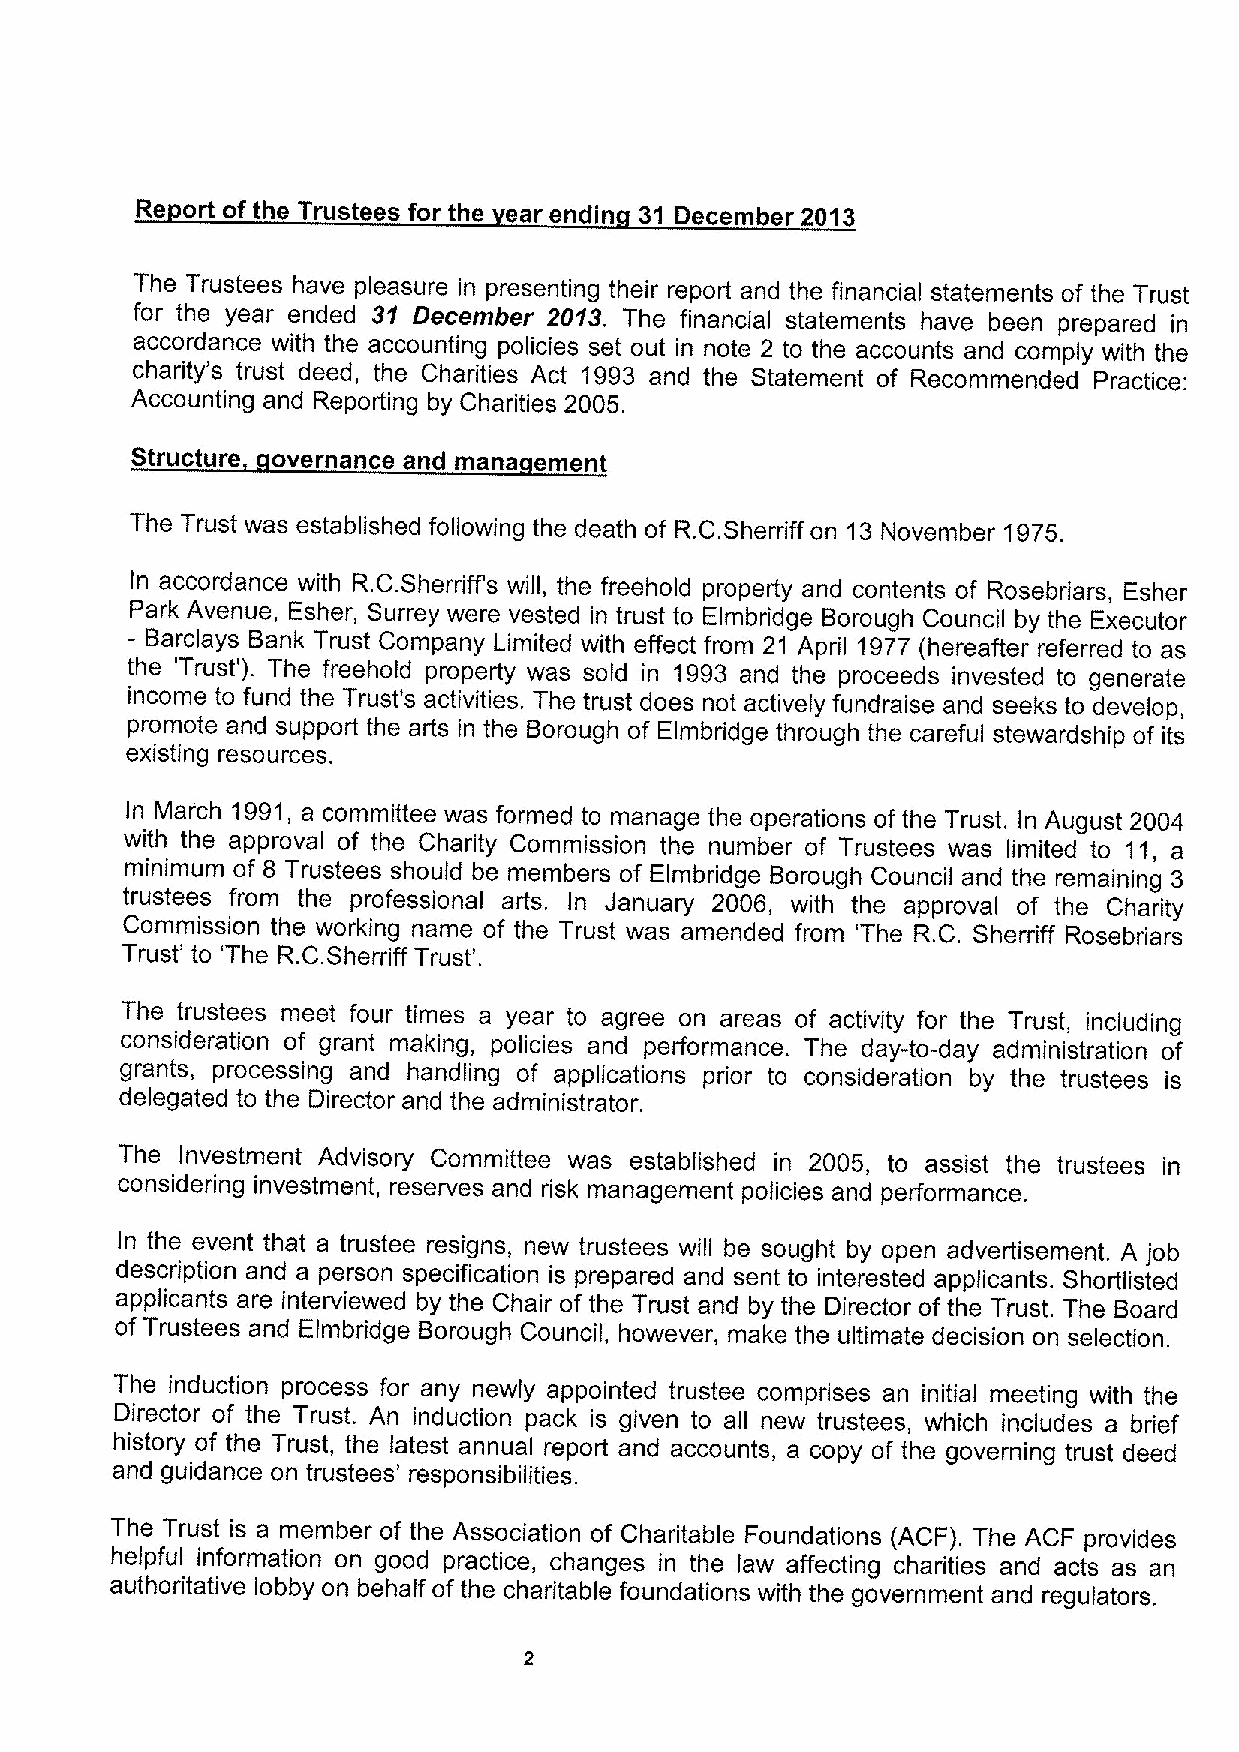
Re ort of the Trustees for the ear endin 31 December 2013
 The Trustees have pleasure in presenting their report and the financial statements of the Trust
 for the year ended 31 December 2013. The financial statements have been prepared in
 accordance with the accounting policies set out in note 2 to the accounts and comply with the
 charity's trust deed, the Charities Act 1993 and the Statement of Recommended Practice:
 Accounting and Reporting by Charities 2005.
 Structure overnance and mana ement
 The Trust was established following the death of R.C.Sherriff on 13November 1975.
 In accordance with R.C.Sherriffs will, the freehold property and contents of Rosebriars, Esher
 Park Avenue, Esher, Surrey were vested in trust to Elmbridge Borough Council by the Executor
 - Barclays Bank Trust Company Limited with effect from 21 April 1977(hereafter referred to as
 the 'Trust' ). The freehold property was sold in 1993 and the proceeds invested to generate
 income to fund the Trust's activities. The trust does not actively fundraise and seeks to develop,
 promote and support the arts in the Borough of Elmbridge through the careful stewardship of its
 existing resources.
 In March 1991,a committee was formed to manage the operations of the Trust. In August 2004
 with the approval of the Charity Commission the number of Trustees was limited to 11, a
 minimum of 8 Trustees should be members of Elmbridge Borough Council and the remaining 3
 trustees from the professional arts. In January 2006, with the approval of the Charity
 Commission the working name of the Trust was amended from 'The R.C. Sherriff Rosebriars
 Trust' to 'The R.C.Sherriff Trust'.
 The trustees meet four times a year to agree on areas of activity for the Trust, including
 consideration of grant making, policies and performance. The day-to-day administration of
 grants, processing and handling of applications prior to consideration by the trustees is
 delegated to the Director and the administrator.
 The Investment Advisory Committee was established in 2005, to assist the trustees in
 considering investment, reserves and risk management policies and performance.
 In the event that a trustee resigns, new trustees will be sought by open advertisement. A job
 description and a person specification is prepared and sent to interested applicants. Shortlisted
 applicants are interviewed by the Chair of the Trust and by the Director of the Trust. The Board
 of Trustees and Elmbridge Borough Council, however, make the ultimate decision on selection.
 The induction process for any newly appointed trustee comprises an initial meeting with the
 Director of the Trust. An induction pack is given to all new trustees, which includes a brief
 history of the Trust, the latest annual report and accounts, a copy of the governing trust deed
 and guidance on trustees' responsibilities.
 The Trust is a member of the Association of Charitable Foundations (ACF). The ACF provides
 helpful information on good practice, changes in the law affecting charities and acts as an
 authoritative lobby on behalf ofthe charitable foundations with the government and regulators.